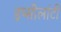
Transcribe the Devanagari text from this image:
इप्सीलांटी